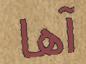
آھا